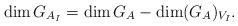
LaTeX: \begin{align*} \dim G_{A_I}= \dim G_A - \dim (G_A)_{V_I}.\end{align*}